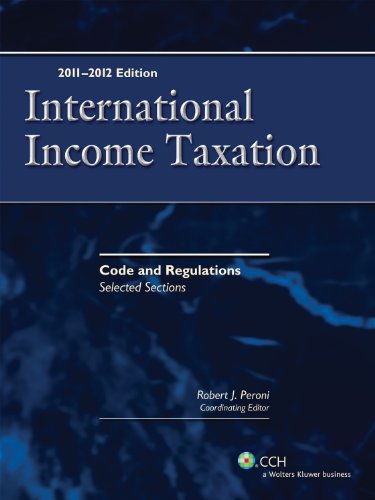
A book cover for International Income Taxation: Code and Regulations - Selected Sections (2011-2012); Robert J. Peroni Coordinating Editor Richard C. Pugh Contributng Editor Charles H. Gustafson; Law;